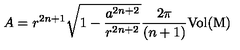
A = r ^ { 2 n + 1 } \sqrt { 1 - \frac { a ^ { 2 n + 2 } } { r ^ { 2 n + 2 } } } \frac { 2 \pi } { ( n + 1 ) } { \mathrm { V o l { ( M ) } } }